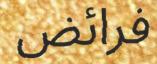
فرائض